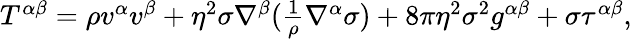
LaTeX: \begin{array}{r}{T^{\alpha\beta}=\rho v^{\alpha}v^{\beta}+\eta^{2}\sigma\nabla^{\beta}(\frac{1}{\rho}\nabla^{\alpha}\sigma)+8\pi\eta^{2}\sigma^{2}g^{\alpha\beta}+\sigma\tau^{\alpha\beta},}\end{array}